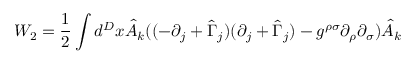
W _ { 2 } = \frac { 1 } { 2 } \int d ^ { D } x \hat { A } _ { k } ( ( - \partial _ { j } + \hat { \Gamma } _ { j } ) ( \partial _ { j } + \hat { \Gamma } _ { j } ) - g ^ { \rho \sigma } \partial _ { \rho } \partial _ { \sigma } ) \hat { A } _ { k }